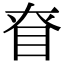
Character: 眘